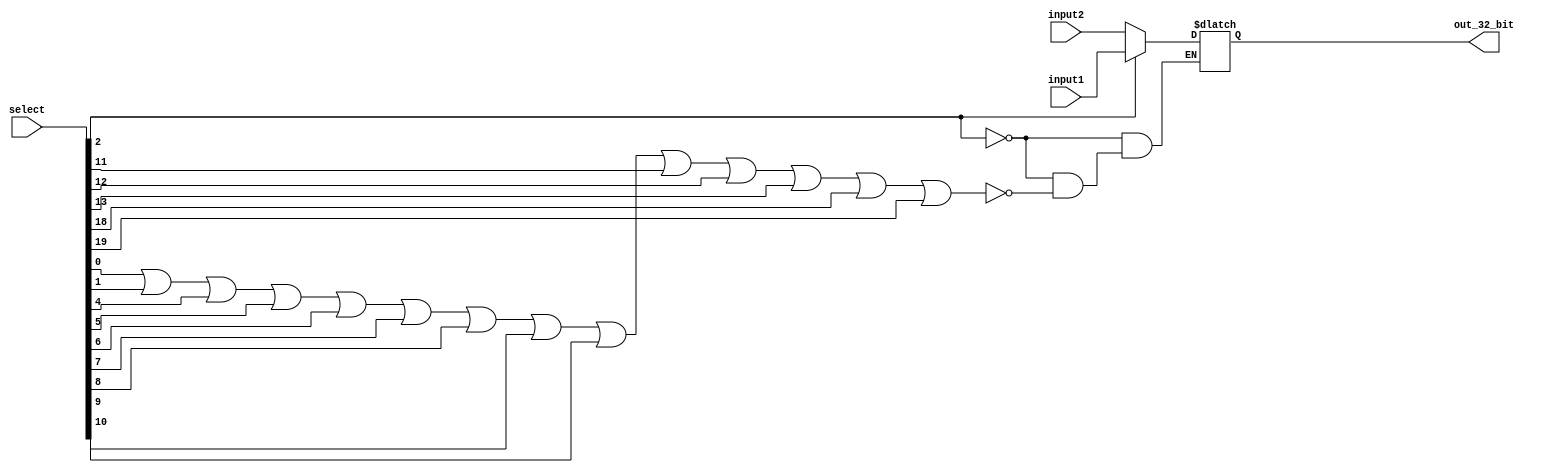
`timescale 1ns / 1ps
//////////////////////////////////////////////////////////////////////////////////
// Company: 
// Engineer: 
// 
// Design Name: 
// Module Name:    MUX_2by1_inout32_final_load_add_sub 
// Project Name: 
// Target Devices: 
// Tool versions: 
// Description: 
//
// Dependencies: 
//
// Revision: 
// Revision 0.01 - File Created
// Additional Comments: 
//
//////////////////////////////////////////////////////////////////////////////////
module MUX_2by1_inout32_final_load_add_sub(
    input [31:0] input1,
    input [31:0] input2,
    input [19:0] select,
    output reg [31:0] out_32_bit
    );
always @ (*)
begin
		if(select[2]) //LOAD - select data memory output - port1		
		begin
			out_32_bit = input1;
		end
		else if( select[0] || select[1] || select[4] || select[5]  || select[6] ||
					select[7] || select[8] || select[9] || select[10] || select[11] || 
					select[12] || select[13] || select[18] || select[19]) 
					// ADD,SUB,SGE,SLE,SEQ,SLI,SRI,ADDI,SUBI,NOP,MOVE,MOVEI - bypasses the data_memory 
		begin 
			out_32_bit = input2;
		end

end

endmodule